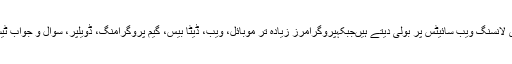
پاکستانیوں کی اکثریت زیادہ ترآئی ٹی اور پروگرامنگ فری لانسنگ ویب سائیٹس پر بولی دیتے ہیںجبکہپروگرامرز زیادہ تر موبائل، ویب، ڈیٹا بیس، گیم پروگرامنگ، ڈویلپر، سوال و جواب ٹیسٹنگ میں عموماً 21 سے 23 ڈالر فی گھنٹہ کما رہے ہیں۔